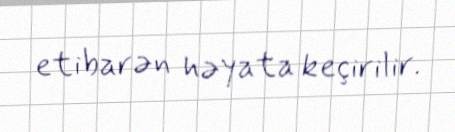
etibarən həyata keçirilir.